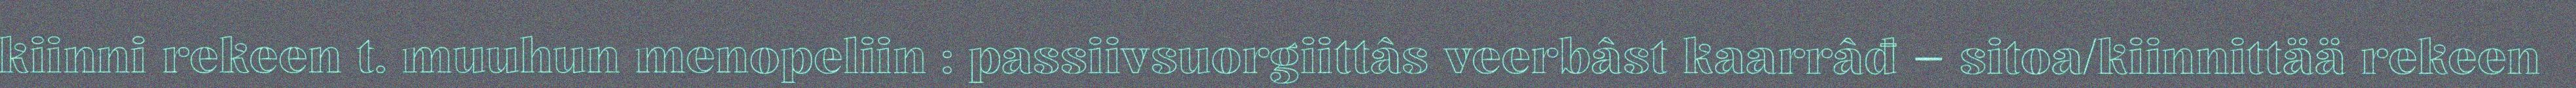
kiinni rekeen t. muuhun menopeliin : passiivsuorgiittâs veerbâst kaarrâđ – sitoa/kiinnittää rekeen